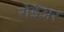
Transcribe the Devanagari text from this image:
रोडेअर